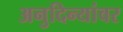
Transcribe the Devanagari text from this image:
अनुदिन्यांवर